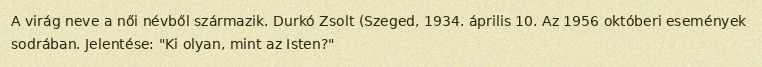
A virág neve a női névből származik. Durkó Zsolt (Szeged, 1934. április 10. Az 1956 októberi események sodrában. Jelentése: "Ki olyan, mint az Isten?"